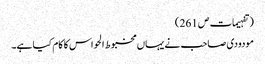
(تفہیمات ص 261 )
مودودی صاحب نے یہاں مخبوط الحواس کا کام کیا ہے۔